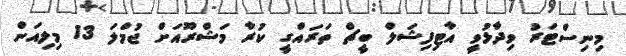
މިނިސްޓަރު ވިދާޅުވީ އާޓިފިޝަލް ބީޗް ތަރައްގީ ކުރާ މަޝްރޫއަށް ޖުމްލަ 13 މިލިއަން